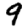
Digit: 9